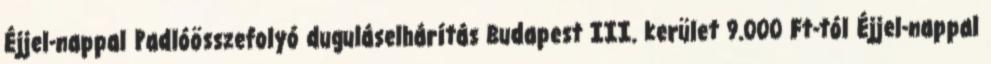
Éjjel-nappal Padlóösszefolyó duguláselhárítás Budapest III. kerület 9.000 Ft-tól Éjjel-nappal